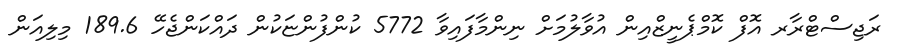
ރަޖިސްޓްރާރ އޮފް ކޮމްޕެނީޒްއިން އުވާލުމަށް ނިންމާފައިވާ 5772 ކުންފުންޏަކުން ދައްކަންޖެހޭ 189.6 މިލިއަން